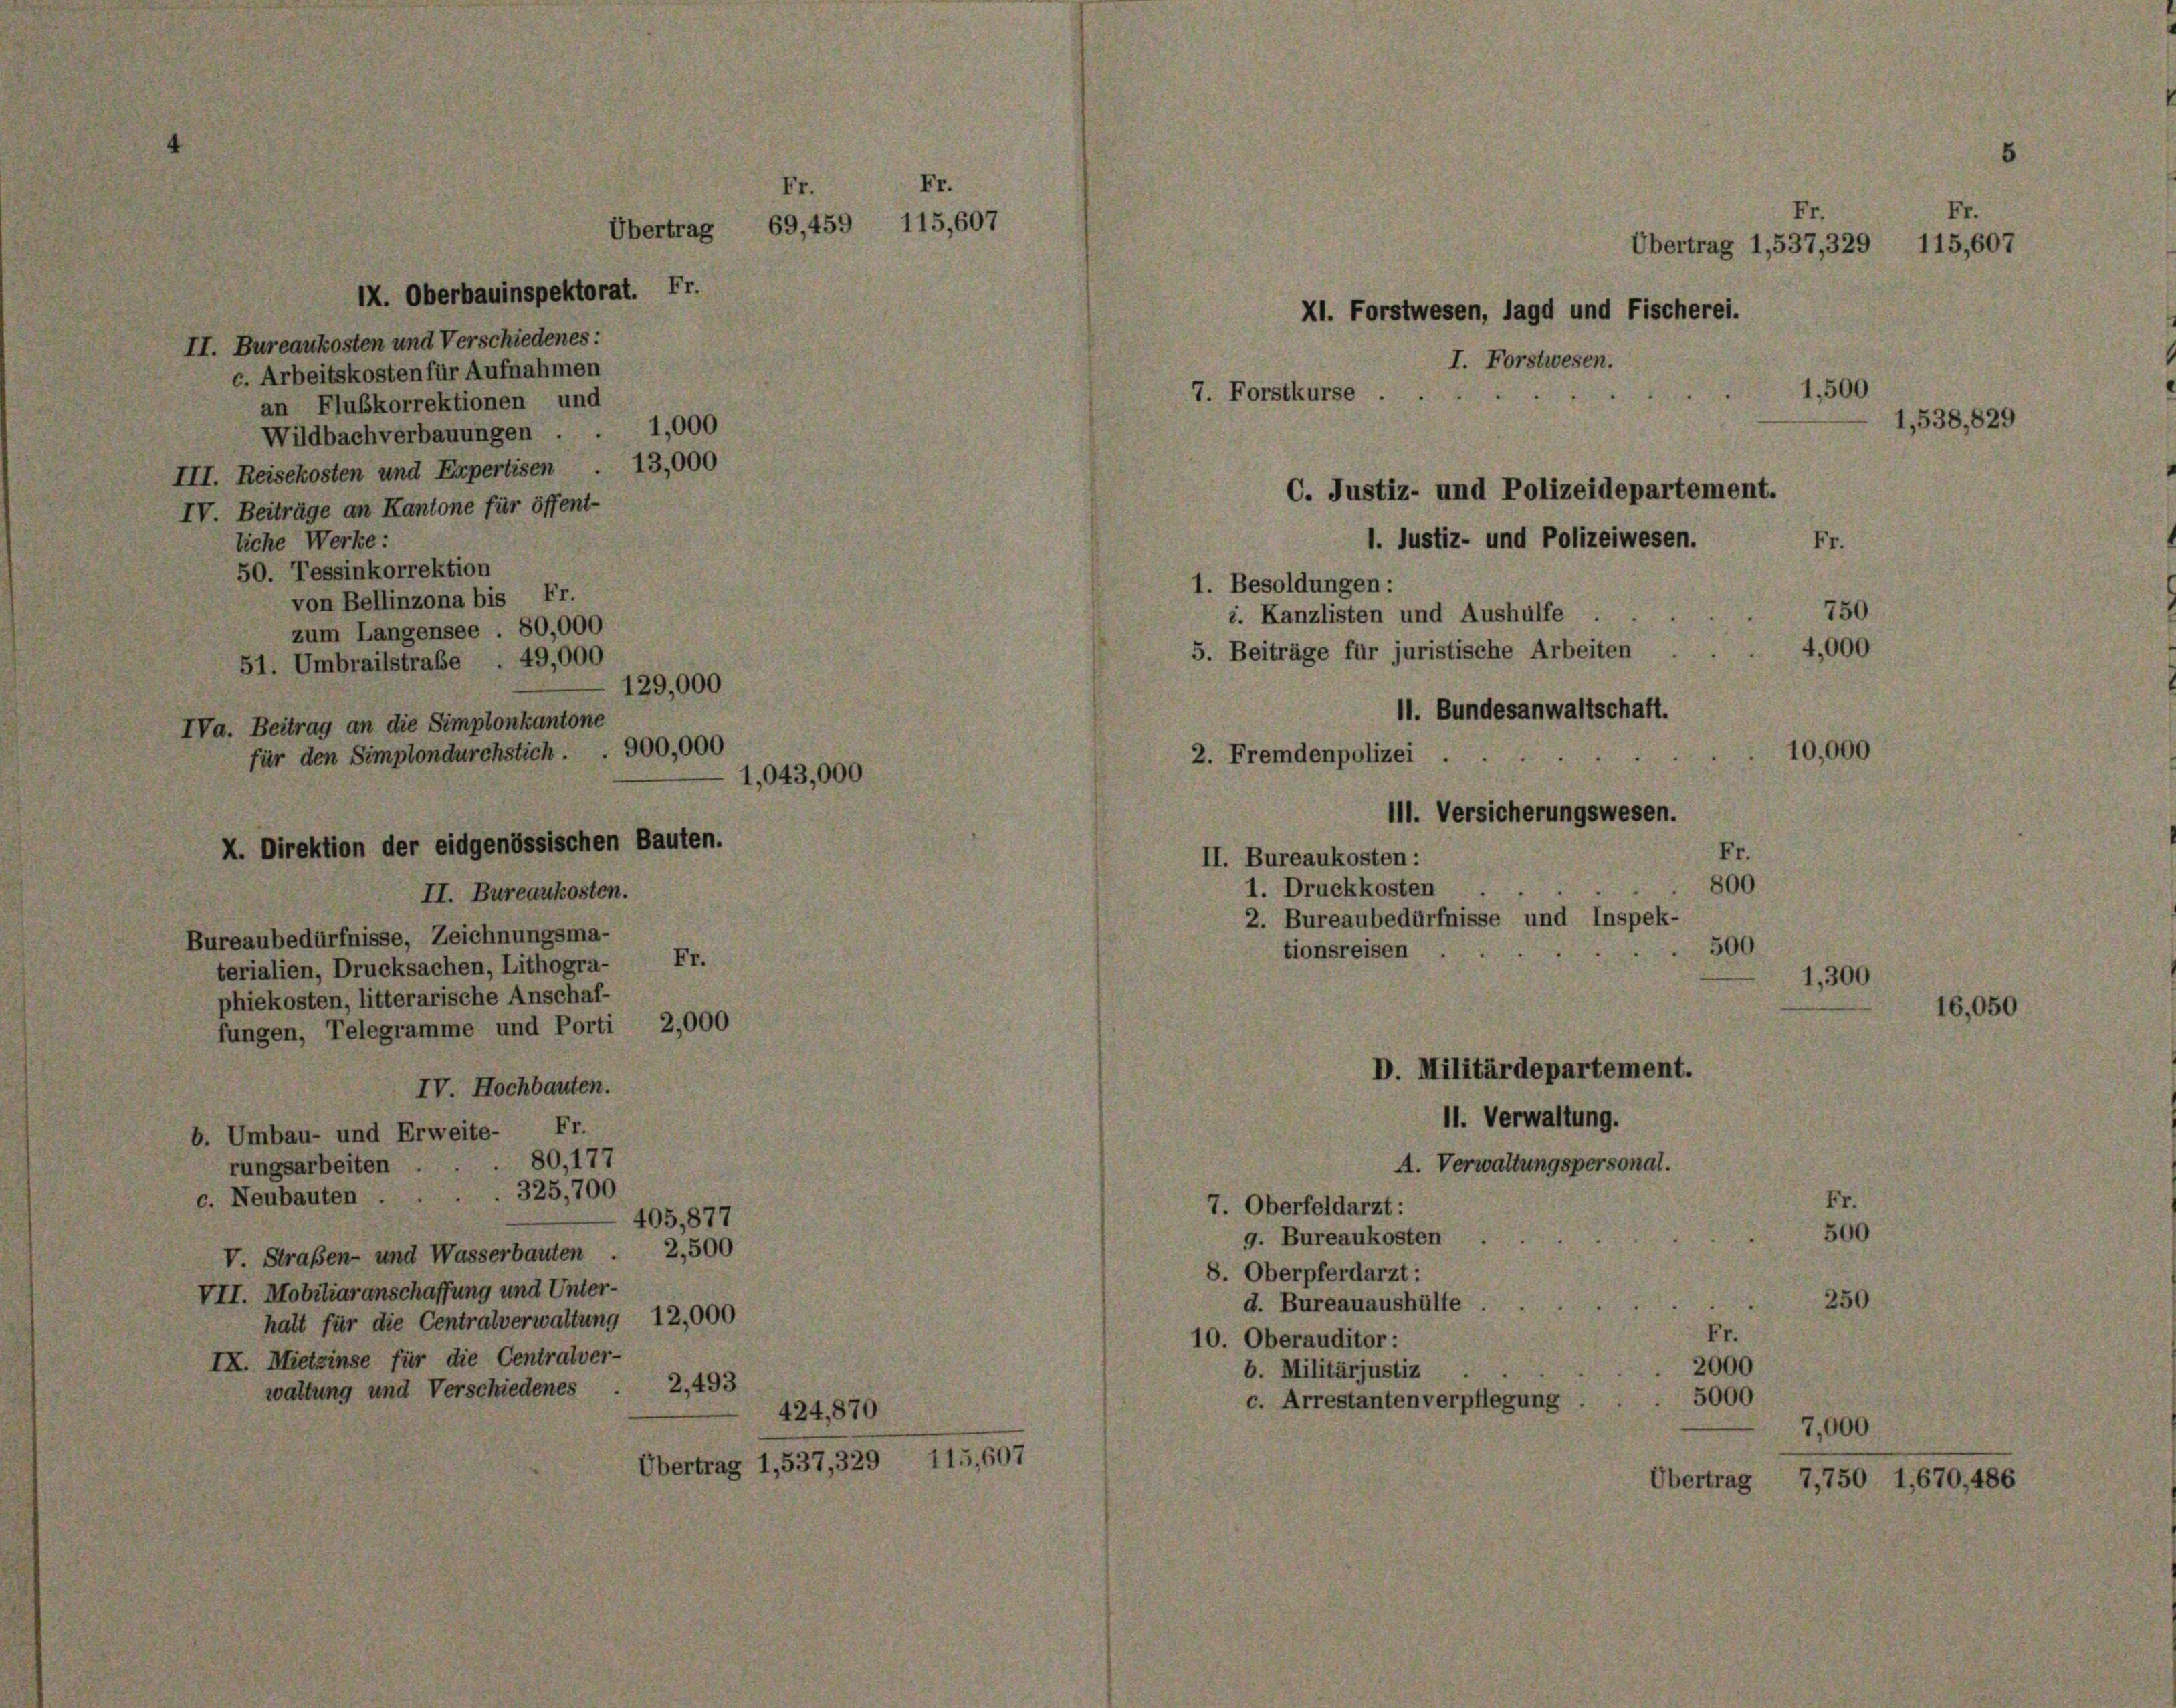
IX. Oberbauinspektorat. Fr.
II. Bureaukosten und Verschiedenes:
c. Arbeitskosten für Aufnahmen

an Flußkorrektionen und
Wildbachverbauungen . . 1,000
III. Reisekosten und Expertisen 13,000
IV. Beiträge an Kantone für öffent-
liche Werke:
50. Tessinkorrektion
von Bellinzona bis Fr.
zum Langensee . 80,000
51. Umbrailstraße 49,000

phiekosten, litterarische Anschaf-
fungen, Telegramme und Porti 2,000
b. Umbau- und Erweite- Fr.
rungsarbeiten . . 80,177
c. Neubauten .

129,000
IVa. Beitrag an die Simplonkantone
für den Simplondurchstich . . 900,000
X. Direktion der eidgenössischen Bauten.
II. Bureaukosten.
Bureaubedürfnisse, Zeichnungsma-

Übertrag 69,459

Fr.
terialien, Drucksachen, Lithogra-
IV. Hochbauten.
325,700
405,877
V. Straßen- und Wasserbauten . 2,500
VII. Mobiliaranschaffung und Unterhalt für die Centralverwaltung 12,000
IX. Mietzinse für die Centralver-
2,493
waltung und Verschiedenes

1,043,00

Fr

Fr.

115,

424,870
rtrag 1,537, 329 115,60

07

1. 500
7. Forstkurse.

1. Justiz- und Polizeiwesen.
1. Besoldungen:
i. Kanzlisten und Aushülfe
5. Beiträge für juristische Arbeiten
11. Bundesanwaltschaft.
2. Fremdenpolizei . .
111. Versicherungswesen.
II. Bureaukosten:
1. Druckkosten
2. Bureaubedürfnisse und Inspek-
tionsreisen

C. Justiz- und Polizeidepartement.

7. Oberfeldarzt:
g. Bureaukosten
8. Oberpferdarzt :
d. Bureauaushülfe
10. Oberauditor
b. Militärjustiz
c. Arrestanten verpflegun

Übertrag 1,537, 329, 115,607
XI. Forstwesen, lagd und Fischerei.
I. Forstwesen.

D. Militärdepartement.

11. Verwaltung.
.Verwaltungspersonal.

7,000

1,538, 829

7,750 1,670, 486